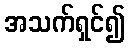
အသက်ရှင်၍